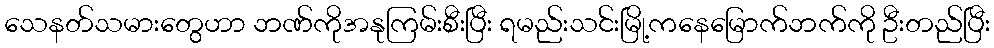
သေနတ်သမားတွေဟာ ဘဏ်ကိုအနုကြမ်းစီးပြီး ရမည်းသင်းမြို့ကနေမြောက်ဘက်ကို ဦးတည်ပြီး